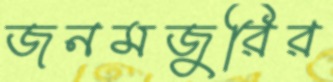
জনমজুরির